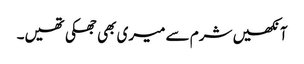
آنکھیں شرم سے میری بھی جھکی تھیں۔